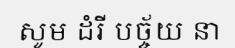
សូម ដំរី បច្ច័យ នា